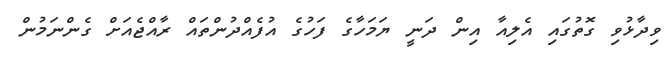
ވިދާޅުވި ގޮތުގައި އެލިއާ އިން ދަނީ ޔަމަހާގެ ފަހުގެ އުފެއްދުންތައް ރާއްޖެއަށް ގެންނަމުން